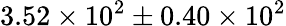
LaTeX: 3.52\times 10^{2}\pm{0.40\times 10^{2}}